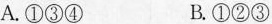
A.①③④ B.①②③